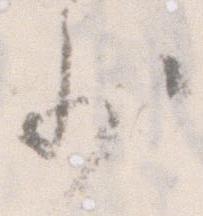
少